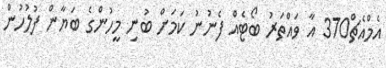
އެމްއެޗް370 އާ ވައްތަރު ބޯޓެއް ފެނުނު ކަމަށް ބުނި މީހުންގެ ބަޔާން ފުލުހުން